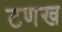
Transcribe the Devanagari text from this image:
टणख